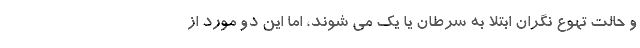
و حالت تهوع نگران ابتلا به سرطان یا یک می شوند، اما این دو مورد از